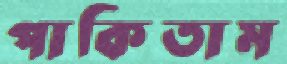
পাকিতাম